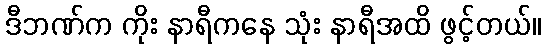
ဒီဘဏ်က ကိုး နာရီကနေ သုံး နာရီအထိ ဖွင့်တယ်။